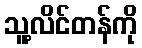
သူ့လိင်တန်ကို